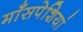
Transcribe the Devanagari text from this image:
माँसपेशियां